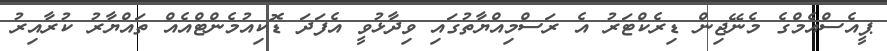
ޕީއެސްއެމްގެ މެނޭޖިން ޑިރެކްޓަރު އެ ރަސްމިއްޔާތުގައި ވިދާޅުވީ އެފަދަ ޑޮކިއުމެންޓްއެއް ތައްޔާރު ކުރާއިރު